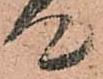
て